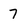
Character: 7